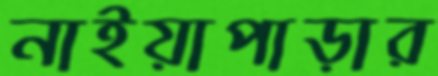
নাইয়াপাড়ার